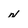
Character: n